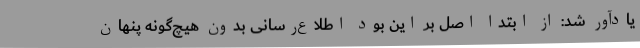
یادآور شد: از ابتدا اصل بر این بود اطلاع‌رسانی بدون هیچ‌گونه پنهان